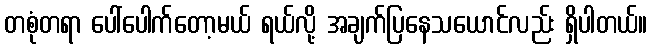
တစုံတရာ ပေါ်ပေါက်တော့မယ် ရယ်လို့ အချက်ပြနေသယောင်လည်း ရှိပါတယ်။